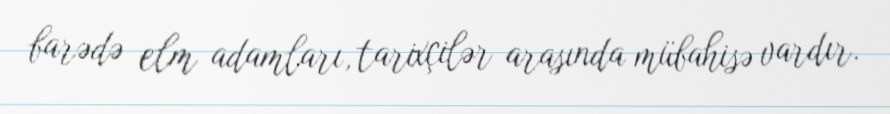
barədə elm adamları, tarixçilər arasında mübahisə vardır.